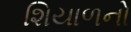
શિયાળનો